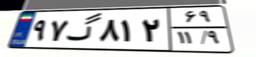
۵۴گ۰۹۸۵۸